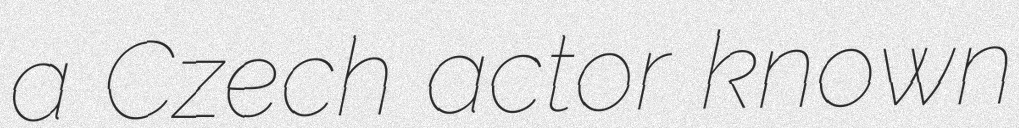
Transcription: a Czech actor known